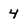
Character: 4